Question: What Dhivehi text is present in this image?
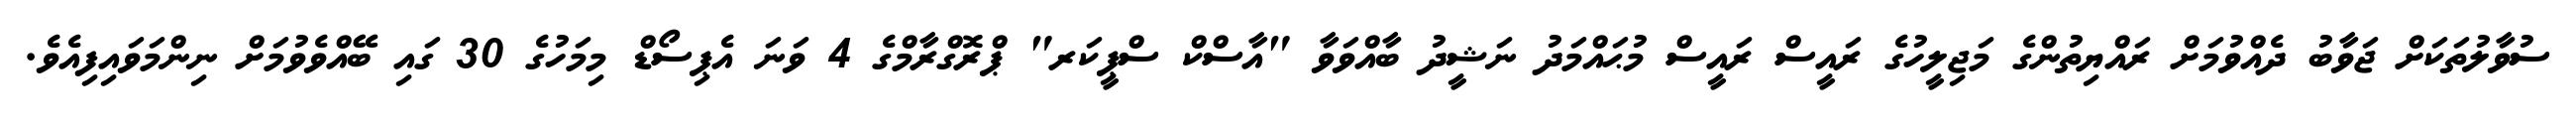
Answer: ސުވާލުތަކަށް ޖަވާބު ދެއްވުމަށް ރައްޔިތުންގެ މަޖިލީހުގެ ރައީސް ރައީސް މުޙައްމަދު ނަޝީދު ބާއްވަވާ "އާސްކް ސްޕީކަރ" ޕްރޮގްރާމްގެ 4 ވަނަ އެޕިސޯޑް މިމަހުގެ 30 ގައި ބޭއްވެވުމަށް ނިންމަވައިފިއެވެ.